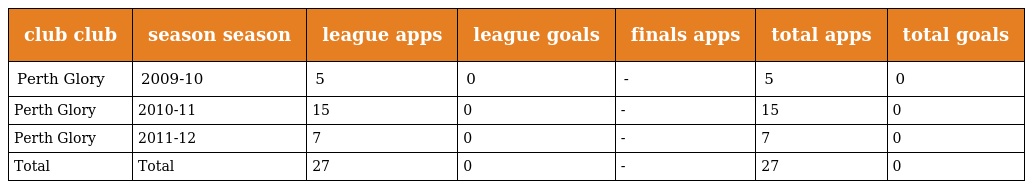
| club club | season season | league apps | league goals | finals apps | total apps | total goals |
 | --- | --- | --- | --- | --- | --- | --- |
 | Perth Glory | 2009-10 | 5 | 0 | - | 5 | 0 |
 | Perth Glory | 2010-11 | 15 | 0 | - | 15 | 0 |
 | Perth Glory | 2011-12 | 7 | 0 | - | 7 | 0 |
 | Total | Total | 27 | 0 | - | 27 | 0 |